Leaving Certificate, 1901
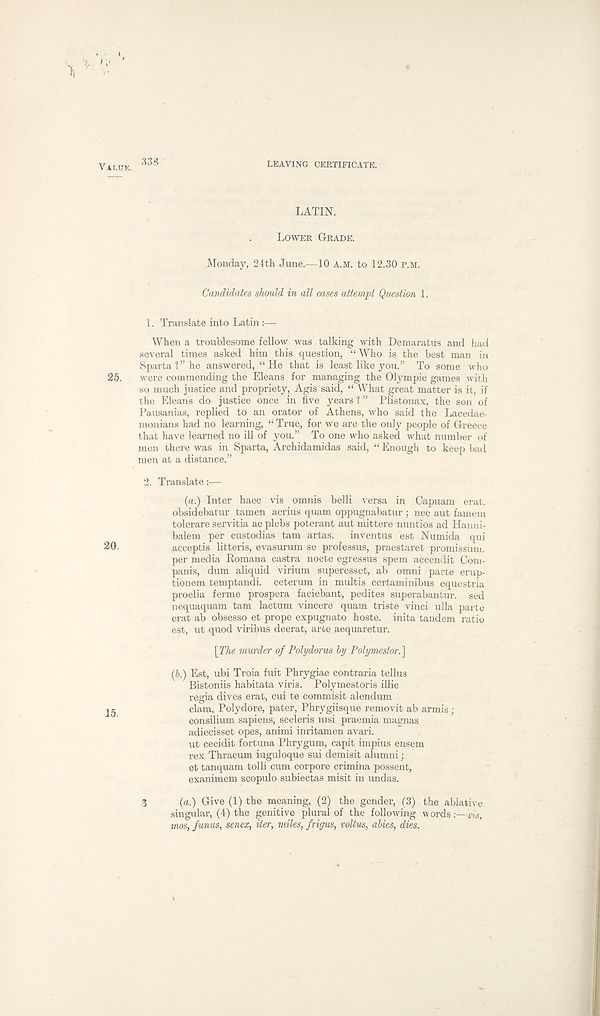
V.il.U'K, 338
LEAVING CERTIFICATE.
LATIN.
LOWER GRADE.
Monday, 24th June.—10 A.M. to 12.30 P.M.
Candidates should in all cases attempt Question 1.
1. Translate into Latin
When a troublesome fellow was talking with Demaratus and had
several times asked him this question, “ Who is the best man in
Sparta?” he answered, “He that is least like you.” To some who
25.
were commending the Eleans for managing the Olympic games with
so much justice and propriety, Agis said, “ What great matter is it, if
the Eleans do justice once in five years ? ” Plistonax, the son of
Pausanias, replied to an orator of Athens, who said the Lacedae-
monians had no learning, “ True, for we are the only people of Greece
that have learned no ill of you.” To one who asked what number of
men there was in Sparta, Archidamidas said, “ Enough to keep bad
men at a distance.”
2. Translate:—
(a.) Inter haec vis omnis belli versa in Capuam erat.
obsidebatur tamen acrius quam oppugnabatur ; nec aut famem
tolerare servitia ac plebs poterant aut mittere nuntios ad Hanni-
balem per custodias tarn artas.
inventus est Numida qui
20.
acceptis litteris, evasurum se professus, praestaret promissum.
per media Romana castra nocte egressus spem accendit Com-
panis, dum aliquid virium superesset, ab omni parte erup-
tionem temptandi. ceterum in multis certaminibus equestria
proelia ferme prospera faciebant, pedites superabantur. sed
nequaquam tam laetum vincere quam triste vinci ulla parte
erat ab obsesso et prope expugnato hoste. inita tandem ratio
est, ut quod viribus deerat, arte aequaretur.
\The murder of Polydorus by Polymestor.\
(b.) Est, ubi Troia fuit Phrygiae contraria tellus
Bistoniis habitata viris. Polymestoris illic
regia dives erat, cui te commisit alendum
25
clam, Polydore, pater, Phrygiisque removit ab armis;
consilium sapiens, sceleris msi praemia magmas
adiecisset opes, animi inritamen avari.
ut cecidit fortuna Phrygum, capit impius ensem
rex Thracum iuguloque sui demisit alumni;
et tanquam tolli cum corpore crimina possent,
exanimem scopulo subiectas misit in undas.
3
(a.) Give (1) the meaning, (2) the gender, (3) the ablative
singular, (4) the genitive plural of the following w ords:—ns,
mos, funus, senex, iter, miles, frigus, coitus, abies, dies.